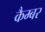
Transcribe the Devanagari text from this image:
कैम्बर